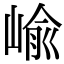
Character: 崳